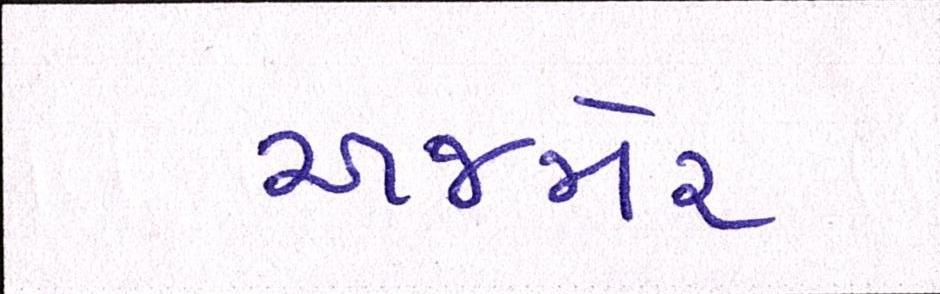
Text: અજમેર